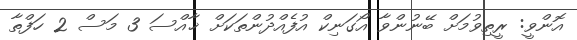
އޮންވީ: ރީތިވުމަށް ބޭނުންވާ އޯގަނިކް އުފެއްދުންތަކަށް ޚާއްސަ 3 މަސް 2 ހަފްތާ